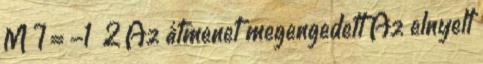
M I = -1 2 Az átmenet megengedett Az elnyelt